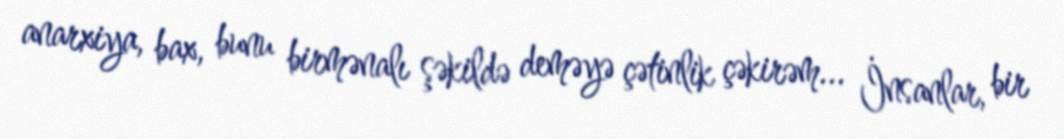
anarxiya, bax, bunu birmənalı şəkildə deməyə çətinlik çəkirəm... İnsanlar, bir